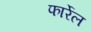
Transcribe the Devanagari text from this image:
फार्रेल